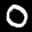
Label: 0